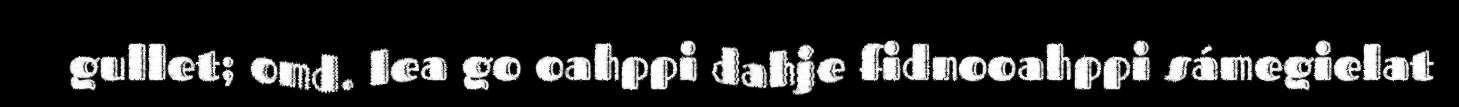
gullet; omd. lea go oahppi dahje fidnooahppi sámegielat